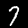
Digit: 7